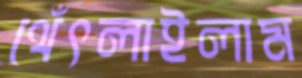
থেঁৎলাইলাম